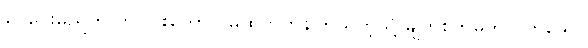
ငွေပေးမည်ဟု ကပ်ပါးကောင် မထိုက်တန်ကြသကဲ့သို့ မျက်စိကိုမှိတ်လိုက်သော